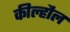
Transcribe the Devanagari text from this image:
कील्हौल